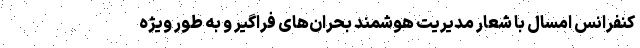
کنفرانس امسال با شعار مدیریت هوشمند بحران‌های فراگیر و به طور ویژه